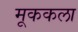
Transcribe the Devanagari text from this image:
मूककला